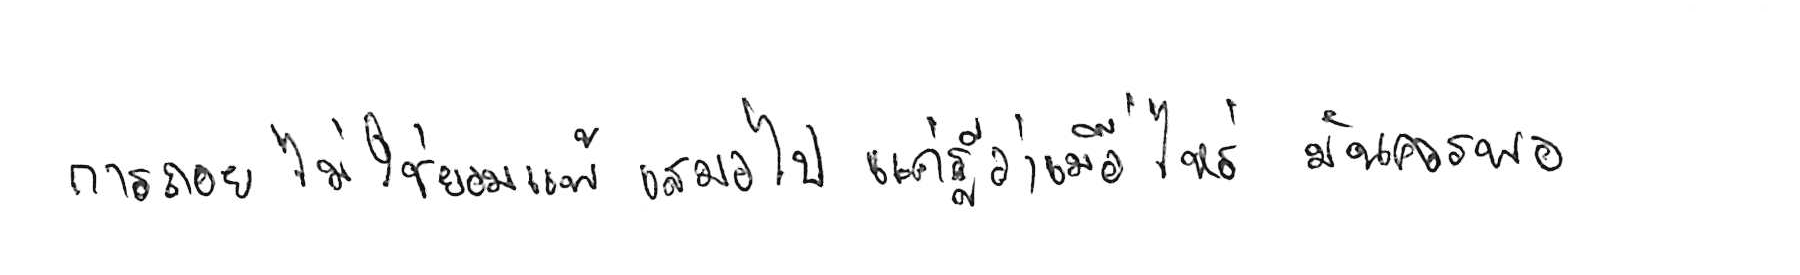
การถอย ไม่ใช่ยอมแพ้ เสมอไป แค่รู้ว่าเมื่อไหร่ มันควรพอ